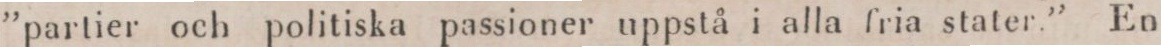
”partier och politiska passioner uppstå i alla fria stater.” En